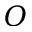
{ \cal O }